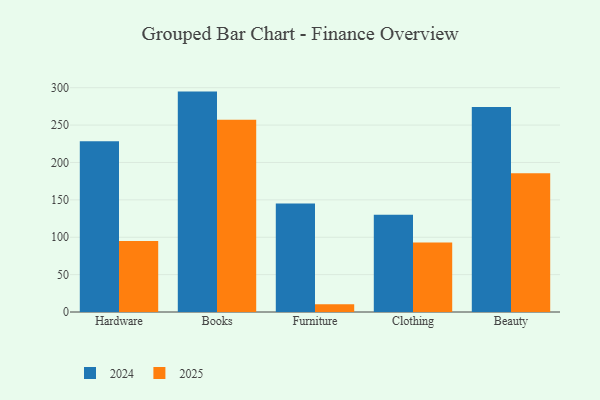
{"axis": {"x": "Category", "y": "Demand Index"}, "legend": ["2024", "2025"], "data": [{"x": "Hardware", "y": 228.4, "type": "2024"}, {"x": "Hardware", "y": 94.9, "type": "2025"}, {"x": "Books", "y": 294.8, "type": "2024"}, {"x": "Books", "y": 257.0, "type": "2025"}, {"x": "Furniture", "y": 145.0, "type": "2024"}, {"x": "Furniture", "y": 10.5, "type": "2025"}, {"x": "Clothing", "y": 130.2, "type": "2024"}, {"x": "Clothing", "y": 93.0, "type": "2025"}, {"x": "Beauty", "y": 274.2, "type": "2024"}, {"x": "Beauty", "y": 185.7, "type": "2025"}]}